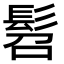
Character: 髫